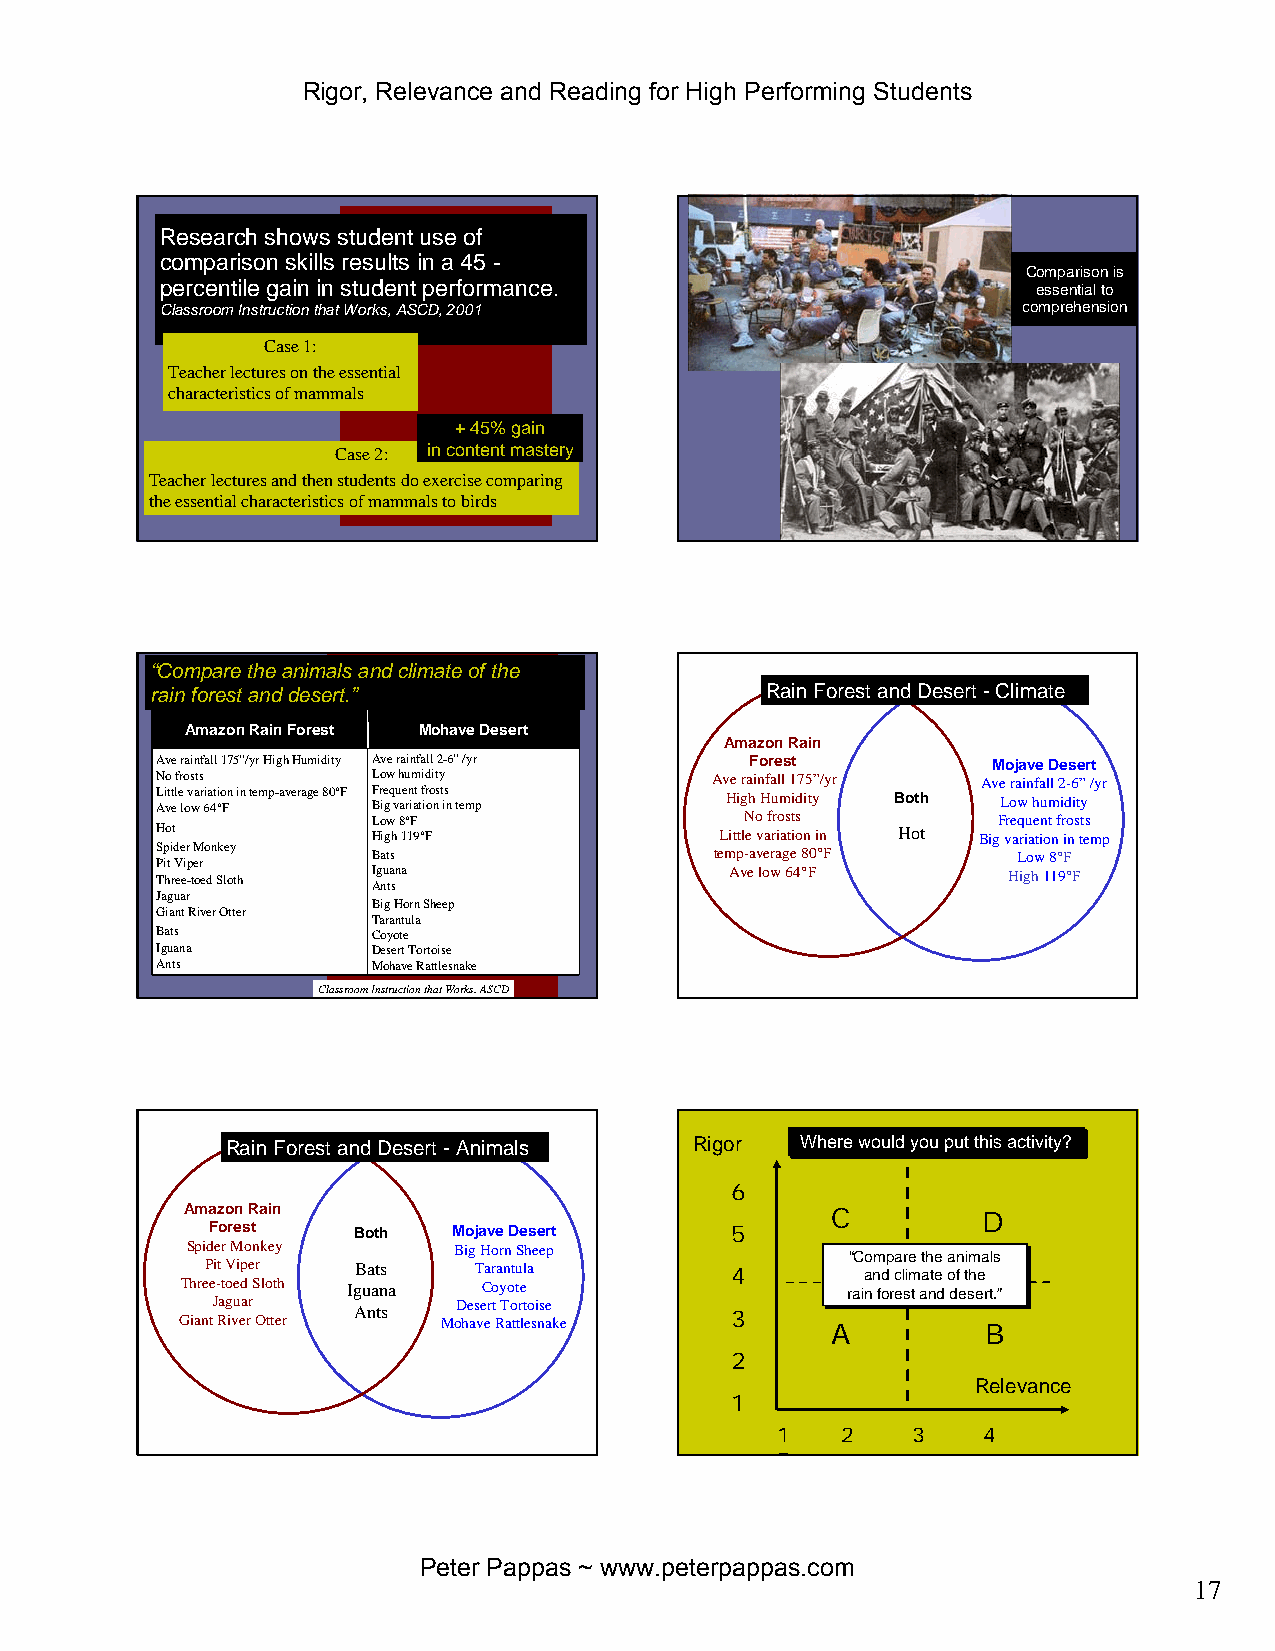
Rigor, Relevance and Reading for High Performing Students
 Research shows student use of
 comparison skills results in a 45 -
 Comparison is
 percentile gain in student performance.                   essential to
 Classroom Instruction that Works, ASCD, 2001             comprehension
 Case 1:
 Teacher lectures on the essential
 characteristics of mammals
 + 45% gain
 Case 2: in content mastery
 Teacher lectures and then students do exercise comparing
 the essential characteristics of mammals to birds
 “Compare the animals and climate of the
 rain forest and desert.”                 Rain Forest and Desert -Climate
 Amazon Rain Forest Mohave Desert
 Amazon Rain
 Ave rainfall 175”/yrHigh Humidity Ave rainfall 2-6”/yr Forest Mojave Desert
 No frosts      Low humidity          Ave rainfall 175”/yr Ave rainfall 2-6”/yr
 L Ai vtt el e l ov war 6ia 4t °io Fn in temp-average 80°F F Br ie gq vu ae rn iat tf ir oo ns t is n temp High Humidity Both Low humidity
 Low 8°F                 No frosts        Frequent frosts
 Hot            High 119°F             Little variation in Hot Big variation in temp
 Spider Monkey  Bats                  temp-average 80°F   Low 8°F
 Pit Viper
 Three-toed Sloth I Ag nu ta sna       Ave low 64°F       High 119°F
 Jaguar
 Big Horn Sheep
 Giant River Otter
 Tarantula
 Bats           Coyote
 Iguana         Desert Tortoise
 Ants           Mohave Rattlesnake
 Classroom Instruction that Works, ASCD
 Rain Forest and Desert -Animals Rigor WWhheerree wwoouulldd yyoouu ppuutt tthhiiss aaccttiivviittyy??
 6
 Amazon Rain                                C         D
 Forest   Both   Mojave Desert     5
 Spider Monkey     Big Horn Sheep
 GT ih ar neP te J i - Rt a t gV o ivuei edp a rr e S Or lo ttt eh
 r
 Ig AB u na at tns sa MoD he asT veCa err o t Ra y Tn ao ot tu t tre ll t ea o si nse
 ake
 4
 3
 Ar“ r“ aC aC ia ino a no n m n m ffd od op p r rca eca elr slir sime tme t a at aath nh t ntee e de d oa o da dfn f en e ti t sim h sm h ee eea ra
 B
 r tl tls .s .””
 2
 Relevance
 1
 1    2   3    4
 5
 Peter Pappas ~ www.peterpappas.com
 17